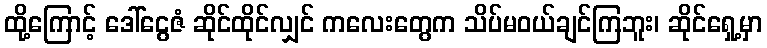
ထို့ကြောင့် ဒေါ်ငွေဇံ ဆိုင်ထိုင်လျှင် ကလေးတွေက သိပ်မဝယ်ချင်ကြဘူး၊ ဆိုင်ရှေ့မှာ